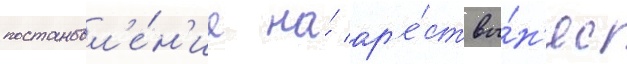
постановл'е́н'ие на́ ар'е́ст вы́н'ес